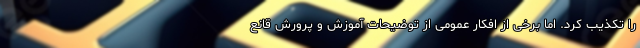
را تکذیب کرد. اما برخی از افکار عمومی از توضیحات آموزش و پرورش قانع